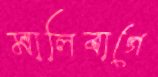
মালিবাগে